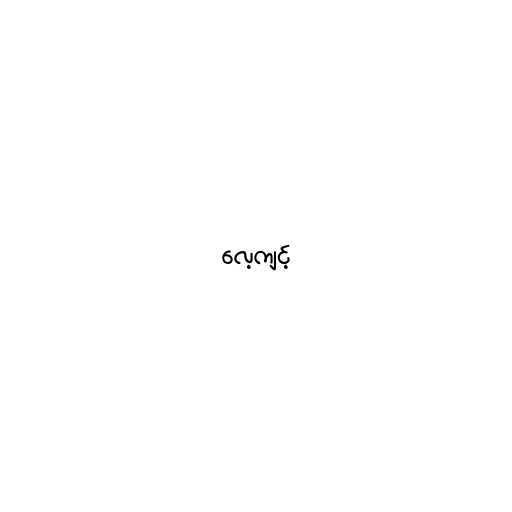
လေ့ကျင့်